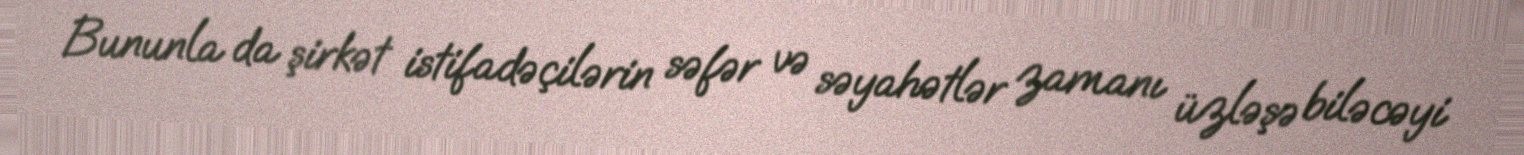
Bununla da şirkət istifadəçilərin səfər və səyahətlər zamanı üzləşə biləcəyi